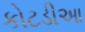
કોટડીઆ